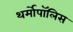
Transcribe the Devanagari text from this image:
थर्मोपॉलिस